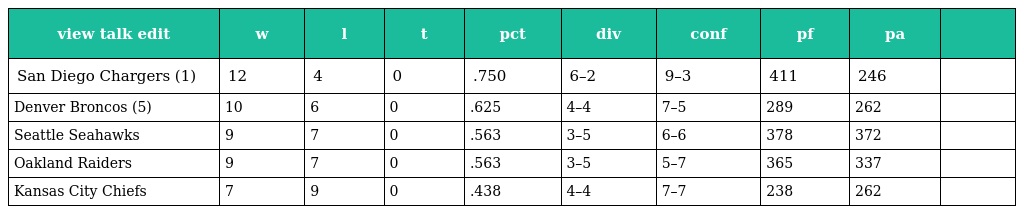
| view talk edit | w | l | t | pct | div | conf | pf | pa |  |
 | --- | --- | --- | --- | --- | --- | --- | --- | --- | --- |
 | San Diego Chargers (1) | 12 | 4 | 0 | .750 | 6–2 | 9–3 | 411 | 246 |  |
 | Denver Broncos (5) | 10 | 6 | 0 | .625 | 4–4 | 7–5 | 289 | 262 |  |
 | Seattle Seahawks | 9 | 7 | 0 | .563 | 3–5 | 6–6 | 378 | 372 |  |
 | Oakland Raiders | 9 | 7 | 0 | .563 | 3–5 | 5–7 | 365 | 337 |  |
 | Kansas City Chiefs | 7 | 9 | 0 | .438 | 4–4 | 7–7 | 238 | 262 |  |